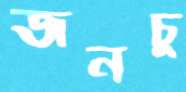
জনচু